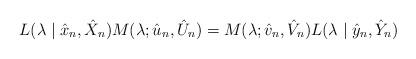
LaTeX: \begin{align*}L(\lambda \mid \hat{x}_n,\hat{X}_n) M(\lambda ;\hat{u}_n,\hat{U}_n) = M(\lambda ;\hat{v}_n ,\hat{V}_n ) L(\lambda \mid \hat{y}_n,\hat{Y}_n)\end{align*}